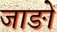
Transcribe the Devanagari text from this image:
जाङों